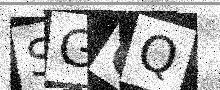
Text: SGOQ